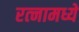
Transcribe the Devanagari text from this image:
रत्‍नामध्ये